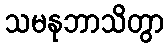
သမနုဘာသိတွာ